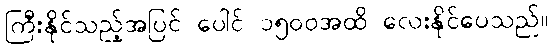
ကြီးနိုင်သည့်အပြင် ပေါင် ၁၅၀၀အထိ လေးနိုင်ပေသည်။